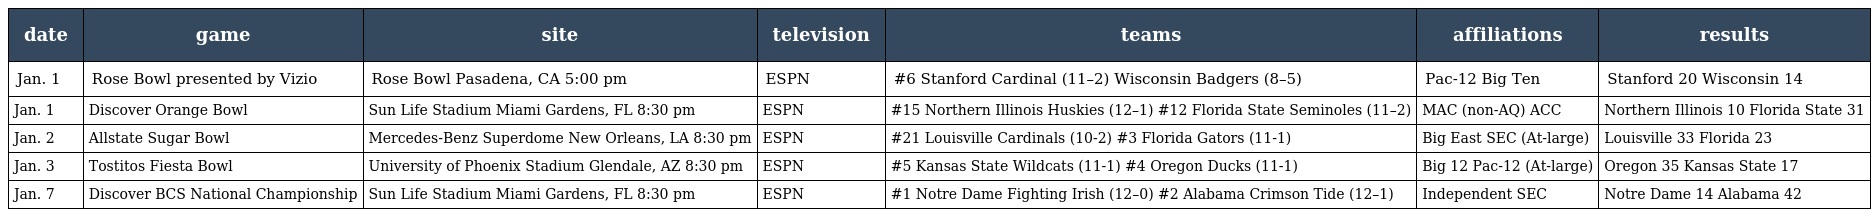
| date | game | site | television | teams | affiliations | results |
 | --- | --- | --- | --- | --- | --- | --- |
 | Jan. 1 | Rose Bowl presented by Vizio | Rose Bowl Pasadena, CA 5:00 pm | ESPN | #6 Stanford Cardinal (11–2) Wisconsin Badgers (8–5) | Pac-12 Big Ten | Stanford 20 Wisconsin 14 |
 | Jan. 1 | Discover Orange Bowl | Sun Life Stadium Miami Gardens, FL 8:30 pm | ESPN | #15 Northern Illinois Huskies (12–1) #12 Florida State Seminoles (11–2) | MAC (non-AQ) ACC | Northern Illinois 10 Florida State 31 |
 | Jan. 2 | Allstate Sugar Bowl | Mercedes-Benz Superdome New Orleans, LA 8:30 pm | ESPN | #21 Louisville Cardinals (10-2) #3 Florida Gators (11-1) | Big East SEC (At-large) | Louisville 33 Florida 23 |
 | Jan. 3 | Tostitos Fiesta Bowl | University of Phoenix Stadium Glendale, AZ 8:30 pm | ESPN | #5 Kansas State Wildcats (11-1) #4 Oregon Ducks (11-1) | Big 12 Pac-12 (At-large) | Oregon 35 Kansas State 17 |
 | Jan. 7 | Discover BCS National Championship | Sun Life Stadium Miami Gardens, FL 8:30 pm | ESPN | #1 Notre Dame Fighting Irish (12–0) #2 Alabama Crimson Tide (12–1) | Independent SEC | Notre Dame 14 Alabama 42 |